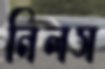
নিলস